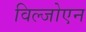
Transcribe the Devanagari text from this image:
विल्जोएन